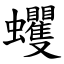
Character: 蠼